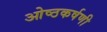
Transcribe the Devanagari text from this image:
ओष्ठकर्षणी